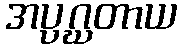
အပ္ပဂ္ဃတာယ